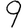
Digit: 9